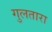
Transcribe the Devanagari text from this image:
गुलतारा